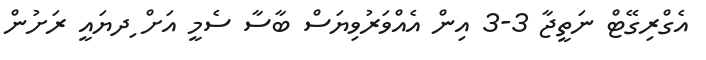
އެގްރިގޭޓް ނަތީޖާ 3-3 އިން އެއްވަރުވިޔަސް ބާސާ ސެމީ އަށް ިދޔައީ ރަށުން